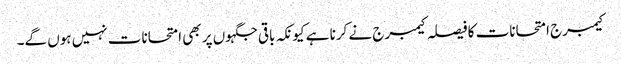
کیمبرج امتحانات کا فیصلہ کیمبرج نے کرنا ہے کیونکہ باقی جگہوں پر بھی امتحانات نہیں ہوں گے۔